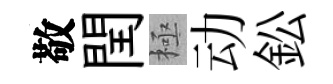
敬閏極动鈆